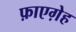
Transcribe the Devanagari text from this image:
फ़ाएग़ेह